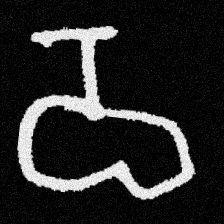
Pyu character \u2014 Myanmar letter: ဝ (romanized: wa)